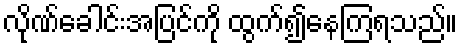
လိုဏ်ခေါင်းအပြင်ကို ထွက်၍နေကြရသည်။